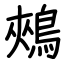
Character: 鵊